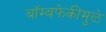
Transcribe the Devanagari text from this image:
बॉम्बफेकीमुळे